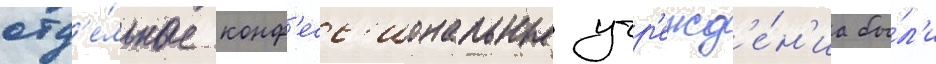
отд'е́льные конф'есс'иональные учр'ежд'е́н'иа бы́л'и